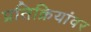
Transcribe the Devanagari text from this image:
प्रतिक्रियांवर